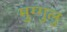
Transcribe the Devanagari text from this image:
मुग्गुलु